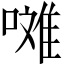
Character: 𱔪